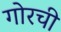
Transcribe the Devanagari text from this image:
गोरची